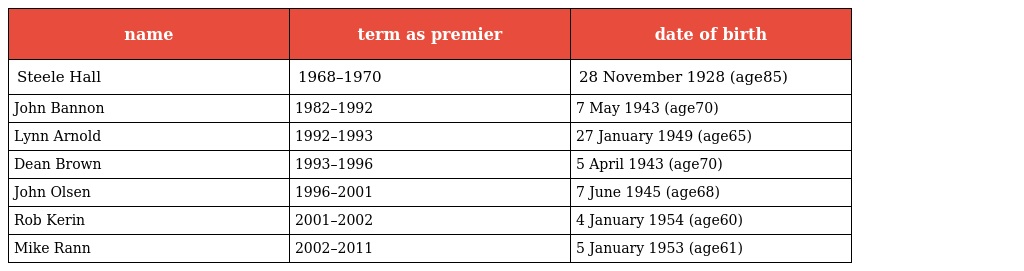
| name | term as premier | date of birth |
 | --- | --- | --- |
 | Steele Hall | 1968–1970 | 28 November 1928 (age85) |
 | John Bannon | 1982–1992 | 7 May 1943 (age70) |
 | Lynn Arnold | 1992–1993 | 27 January 1949 (age65) |
 | Dean Brown | 1993–1996 | 5 April 1943 (age70) |
 | John Olsen | 1996–2001 | 7 June 1945 (age68) |
 | Rob Kerin | 2001–2002 | 4 January 1954 (age60) |
 | Mike Rann | 2002–2011 | 5 January 1953 (age61) |